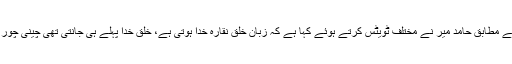
تفصیلات کے مطابق حامد میر نے مختلف ٹویٹس کرتے ہوئے کہا ہے کہ زبان خلق نقارہ خدا ہوتی ہے، خلق خدا پہلے ہی جانتی تھی چینی چور کون تھے؟